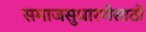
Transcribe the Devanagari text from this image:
समाजसुधारणेसाठी